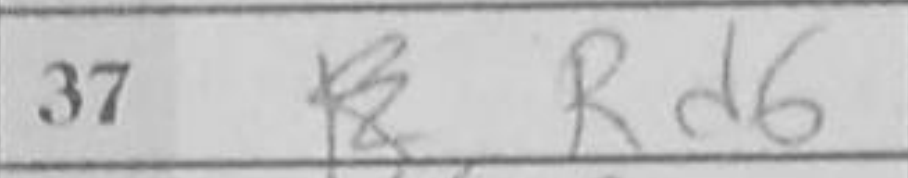
Transcription: Rd6